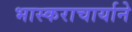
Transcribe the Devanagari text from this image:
भास्कराचार्याने